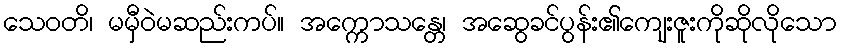
သေဝတိ၊ မမှီဝဲမဆည်းကပ်။ အက္ကောသန္တေ၊ အဆွေခင်ပွန်း၏ကျေးဇူးကိုဆိုလိုသော